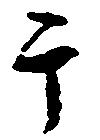
干